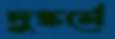
দুষ্কর্মে